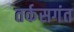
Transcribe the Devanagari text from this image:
तर्कसगंत